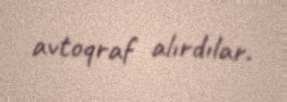
avtoqraf alırdılar.